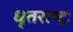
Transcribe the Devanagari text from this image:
धृतराष्ट्रः